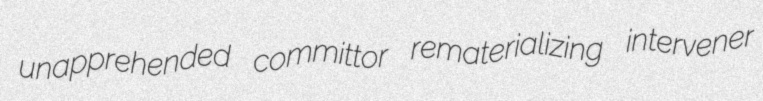
unapprehended committor rematerializing intervener